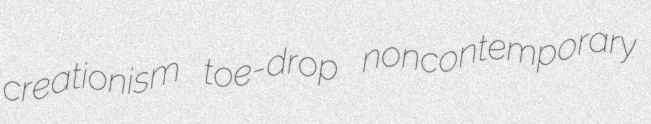
creationism toe-drop noncontemporary